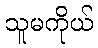
သူမကိုယ်